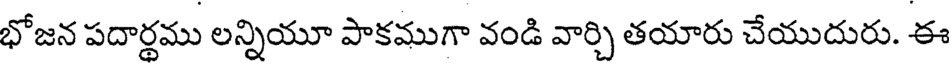
భోజన పదార్థము లన్నియూ పాకముగా వండి వార్చి తయారు చేయుదురు. ఈ